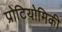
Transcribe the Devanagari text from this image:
प्रोटियोमिकी